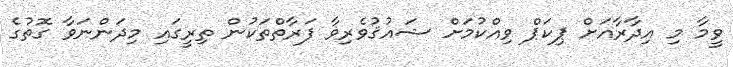
ވީމާ މި އިދާރާއަށް ޕިކަޕް ވިއްކުމަށް ޝައުޤުވެރިވާ ފަރާތްތަކުން ތިރީގައި މިދަންނަވާ ގޮތުގެ